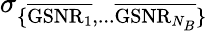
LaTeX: \sigma_{\{ \overline{{\mathrm{GSNR}_{1}}},...\overline{{\mathrm{GSNR}_{N_{B}}}}\} }